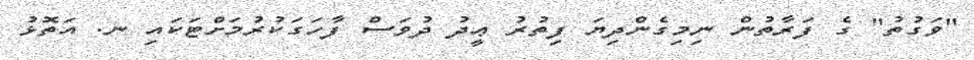
"ވަގުތު" ގެ ފަރާތުން ނިމިގެންދިޔަ ފިތުރު ޢީދު ދުވަސް ފާހަގަކުރުމަށްޓަކައި ނ. އަތޮޅު